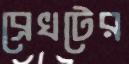
ব্রেখটের